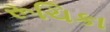
રૂચિકા